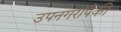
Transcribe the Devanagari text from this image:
उपनगरांपैकी